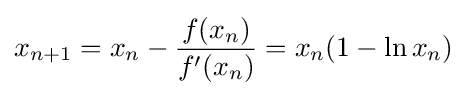
x_{n+1}=x_{n}-{\frac {f(x_{n})}{f'(x_{n})}}=x_{n}(1-\ln x_{n})